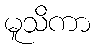
မူသိကာ